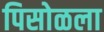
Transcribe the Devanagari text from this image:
पिसोळला